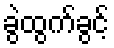
ခွဲထွက်ခွင့်